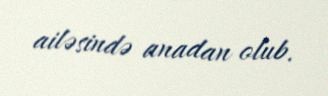
ailəsində anadan olub.